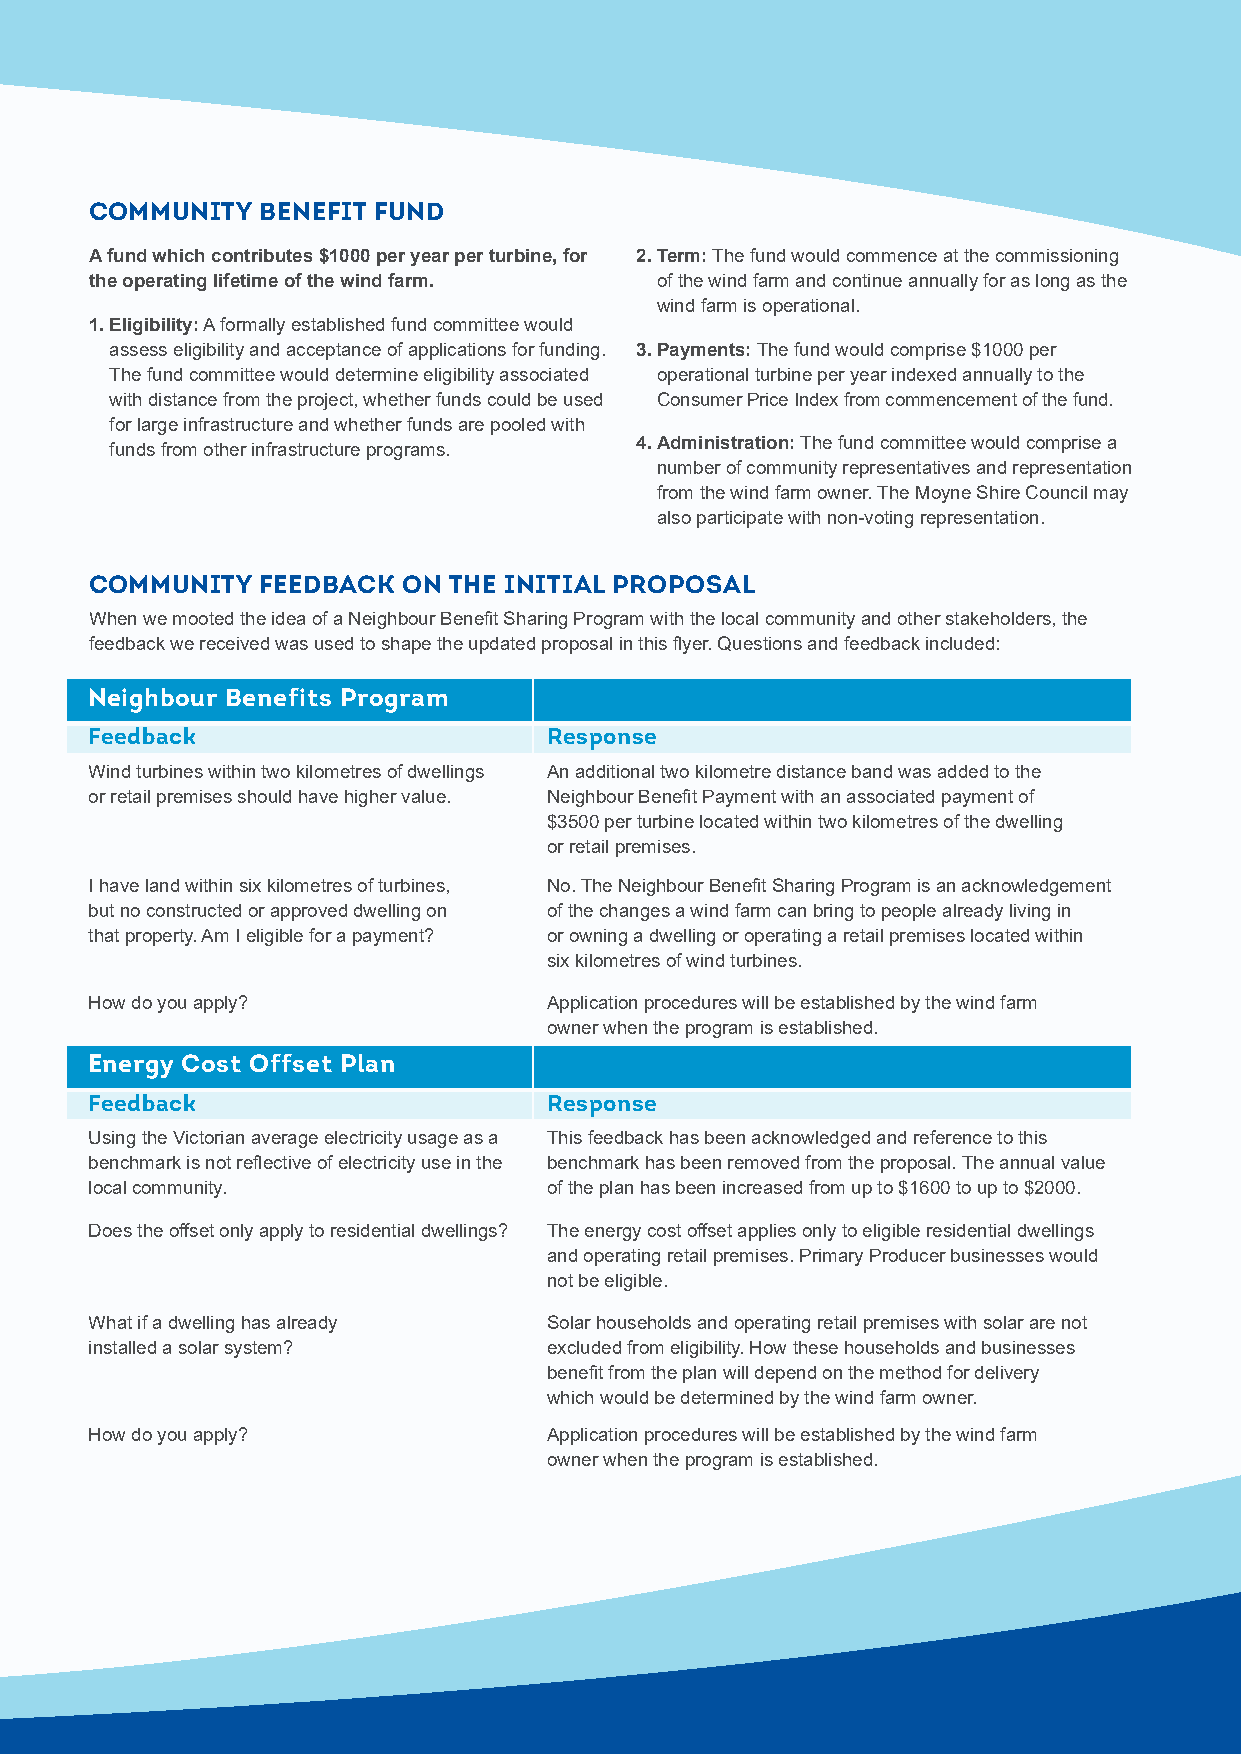
COMMUNITY  BENEFIT FUND
 A fund which contributes $1000 per year per turbine, for 2. Term: The fund would commence at the commissioning
 the operating lifetime of the wind farm. of the wind farm and continue annually for as long as the
 wind farm is operational.
 1. Eligibility: A formally established fund committee would
 assess eligibility and acceptance of applications for funding. 3. Payments: The fund would comprise $1000 per
 The fund committee would determine eligibility associated operational turbine per year indexed annually to the
 with distance from the project, whether funds could be used Consumer Price Index from commencement of the fund.
 for large infrastructure and whether funds are pooled with
 funds from other infrastructure programs. 4. Administration: The fund committee would comprise a
 number of community representatives and representation
 from the wind farm owner. The Moyne Shire Council may
 also participate with non-voting representation.
 COMMUNITY  FEEDBACK  ON THE INITIAL PROPOSAL
 When we mooted the idea of a Neighbour Benefit Sharing Program with the local community and other stakeholders, the
 feedback we received was used to shape the updated proposal in this flyer. Questions and feedback included:
 Neighbour Benefits Program
 Feedback                      Response
 Wind turbines within two kilometres of dwellings An additional two kilometre distance band was added to the
 or retail premises should have higher value. Neighbour Benefit Payment with an associated payment of
 $3500 per turbine located within two kilometres of the dwelling
 or retail premises.
 I have land within six kilometres of turbines, No. The Neighbour Benefit Sharing Program is an acknowledgement
 but no constructed or approved dwelling on of the changes a wind farm can bring to people already living in
 that property. Am I eligible for a payment? or owning a dwelling or operating a retail premises located within
 six kilometres of wind turbines.
 How do you apply?             Application procedures will be established by the wind farm
 owner when the program is established.
 Energy Cost Offset Plan
 Feedback                      Response
 Using the Victorian average electricity usage as a This feedback has been acknowledged and reference to this
 benchmark is not reflective of electricity use in the benchmark has been removed from the proposal. The annual value
 local community.              of the plan has been increased from up to $1600 to up to $2000.
 Does the offset only apply to residential dwellings? The energy cost offset applies only to eligible residential dwellings
 and operating retail premises. Primary Producer businesses would
 not be eligible.
 What if a dwelling has already Solar households and operating retail premises with solar are not
 installed a solar system?     excluded from eligibility. How these households and businesses
 benefit from the plan will depend on the method for delivery
 which would be determined by the wind farm owner.
 How do you apply?             Application procedures will be established by the wind farm
 owner when the program is established.